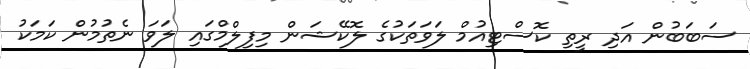
ސަބަބުން އަދި ރީތި ކޮސްޓިއުމް ލަވަތަކުގެ ލޮކޭޝަން މިފިލްމްގައި ލަވަ ނެތުމުން ކަމަކު